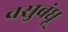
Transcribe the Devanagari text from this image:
वसुबंधू